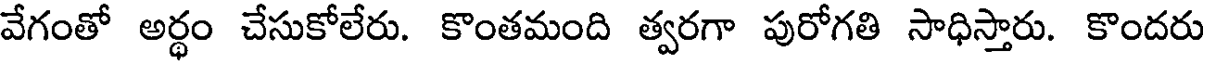
వేగంతో అర్ధం చేసుకోలేరు. కొంతమంది త్వరగా పురోగతి సాధిస్తారు. కొందరు